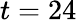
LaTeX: t=24